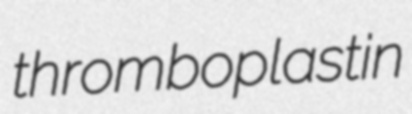
thromboplastin